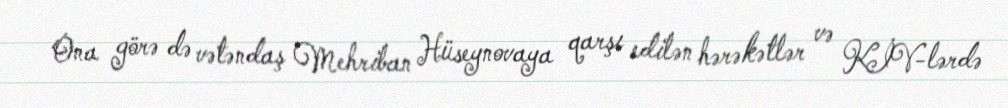
Ona görə də vətəndaş Mehriban Hüseynovaya qarşı edilən hərəkətlər və KİV-lərdə